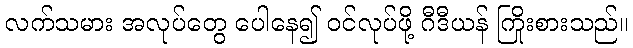
လက်သမား အလုပ်တွေ ပေါနေ၍ ဝင်လုပ်ဖို့ ဂီဒီယန် ကြိုးစားသည်။